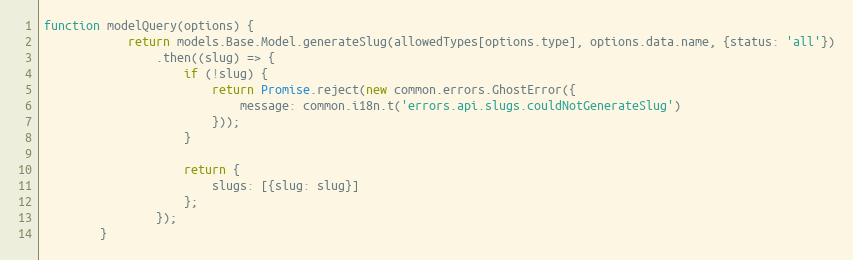
Language: JavaScript
function modelQuery(options) {
            return models.Base.Model.generateSlug(allowedTypes[options.type], options.data.name, {status: 'all'})
                .then((slug) => {
                    if (!slug) {
                        return Promise.reject(new common.errors.GhostError({
                            message: common.i18n.t('errors.api.slugs.couldNotGenerateSlug')
                        }));
                    }

                    return {
                        slugs: [{slug: slug}]
                    };
                });
        }